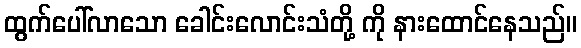
ထွက်ပေါ်လာသော ခေါင်းလောင်းသံတို့ ကို နားထောင်နေသည်။